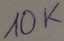
Text: 10K